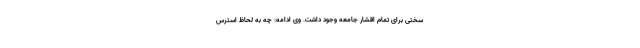
سختی برای تمام اقشار جامعه وجود داشت. وی ادامه: چه به لحاظ استرس